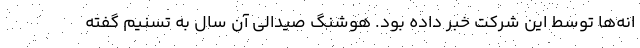
انه‌ها توسط این شرکت خبر داده بود. هوشنگ صیدالی آن سال به تسنیم گفته